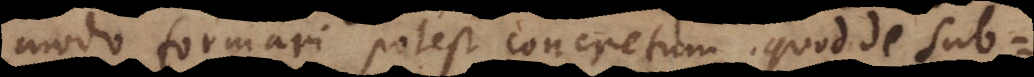
modo formari potest concretum, quod de sub